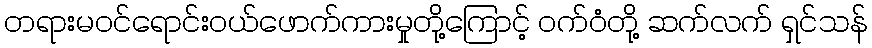
တရားမဝင်ရောင်းဝယ်ဖောက်ကားမှုတို့ကြောင့် ဝက်ဝံတို့ ဆက်လက် ရှင်သန်